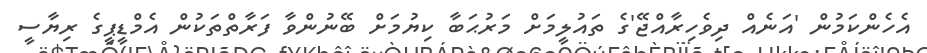
އެހެންކަމުން 'އަނެއް ދިވެހިރާއްޖޭ'ގެ ތައުލީމަށް މަރުޙަބާ ކިޔުމަށް ބޭނުންވާ ފަރާތްތަކުން އެމްޑީޕީގެ ރިޔާސީ